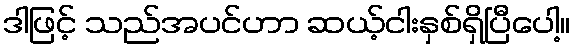
ဒါဖြင့် သည်အပင်ဟာ ဆယ့်ငါးနှစ်ရှိပြီပေါ့။